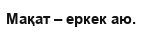
Мақат – еркек аю.